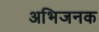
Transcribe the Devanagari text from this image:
अभिजनक